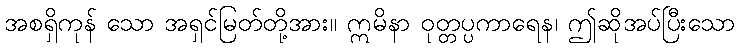
အစရှိကုန် သော အရှင်မြတ်တို့အား။ ဣမိနာ ဝုတ္တပ္ပကာရေန၊ ဤဆိုအပ်ပြီးသော